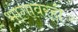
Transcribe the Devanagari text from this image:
भागावरही